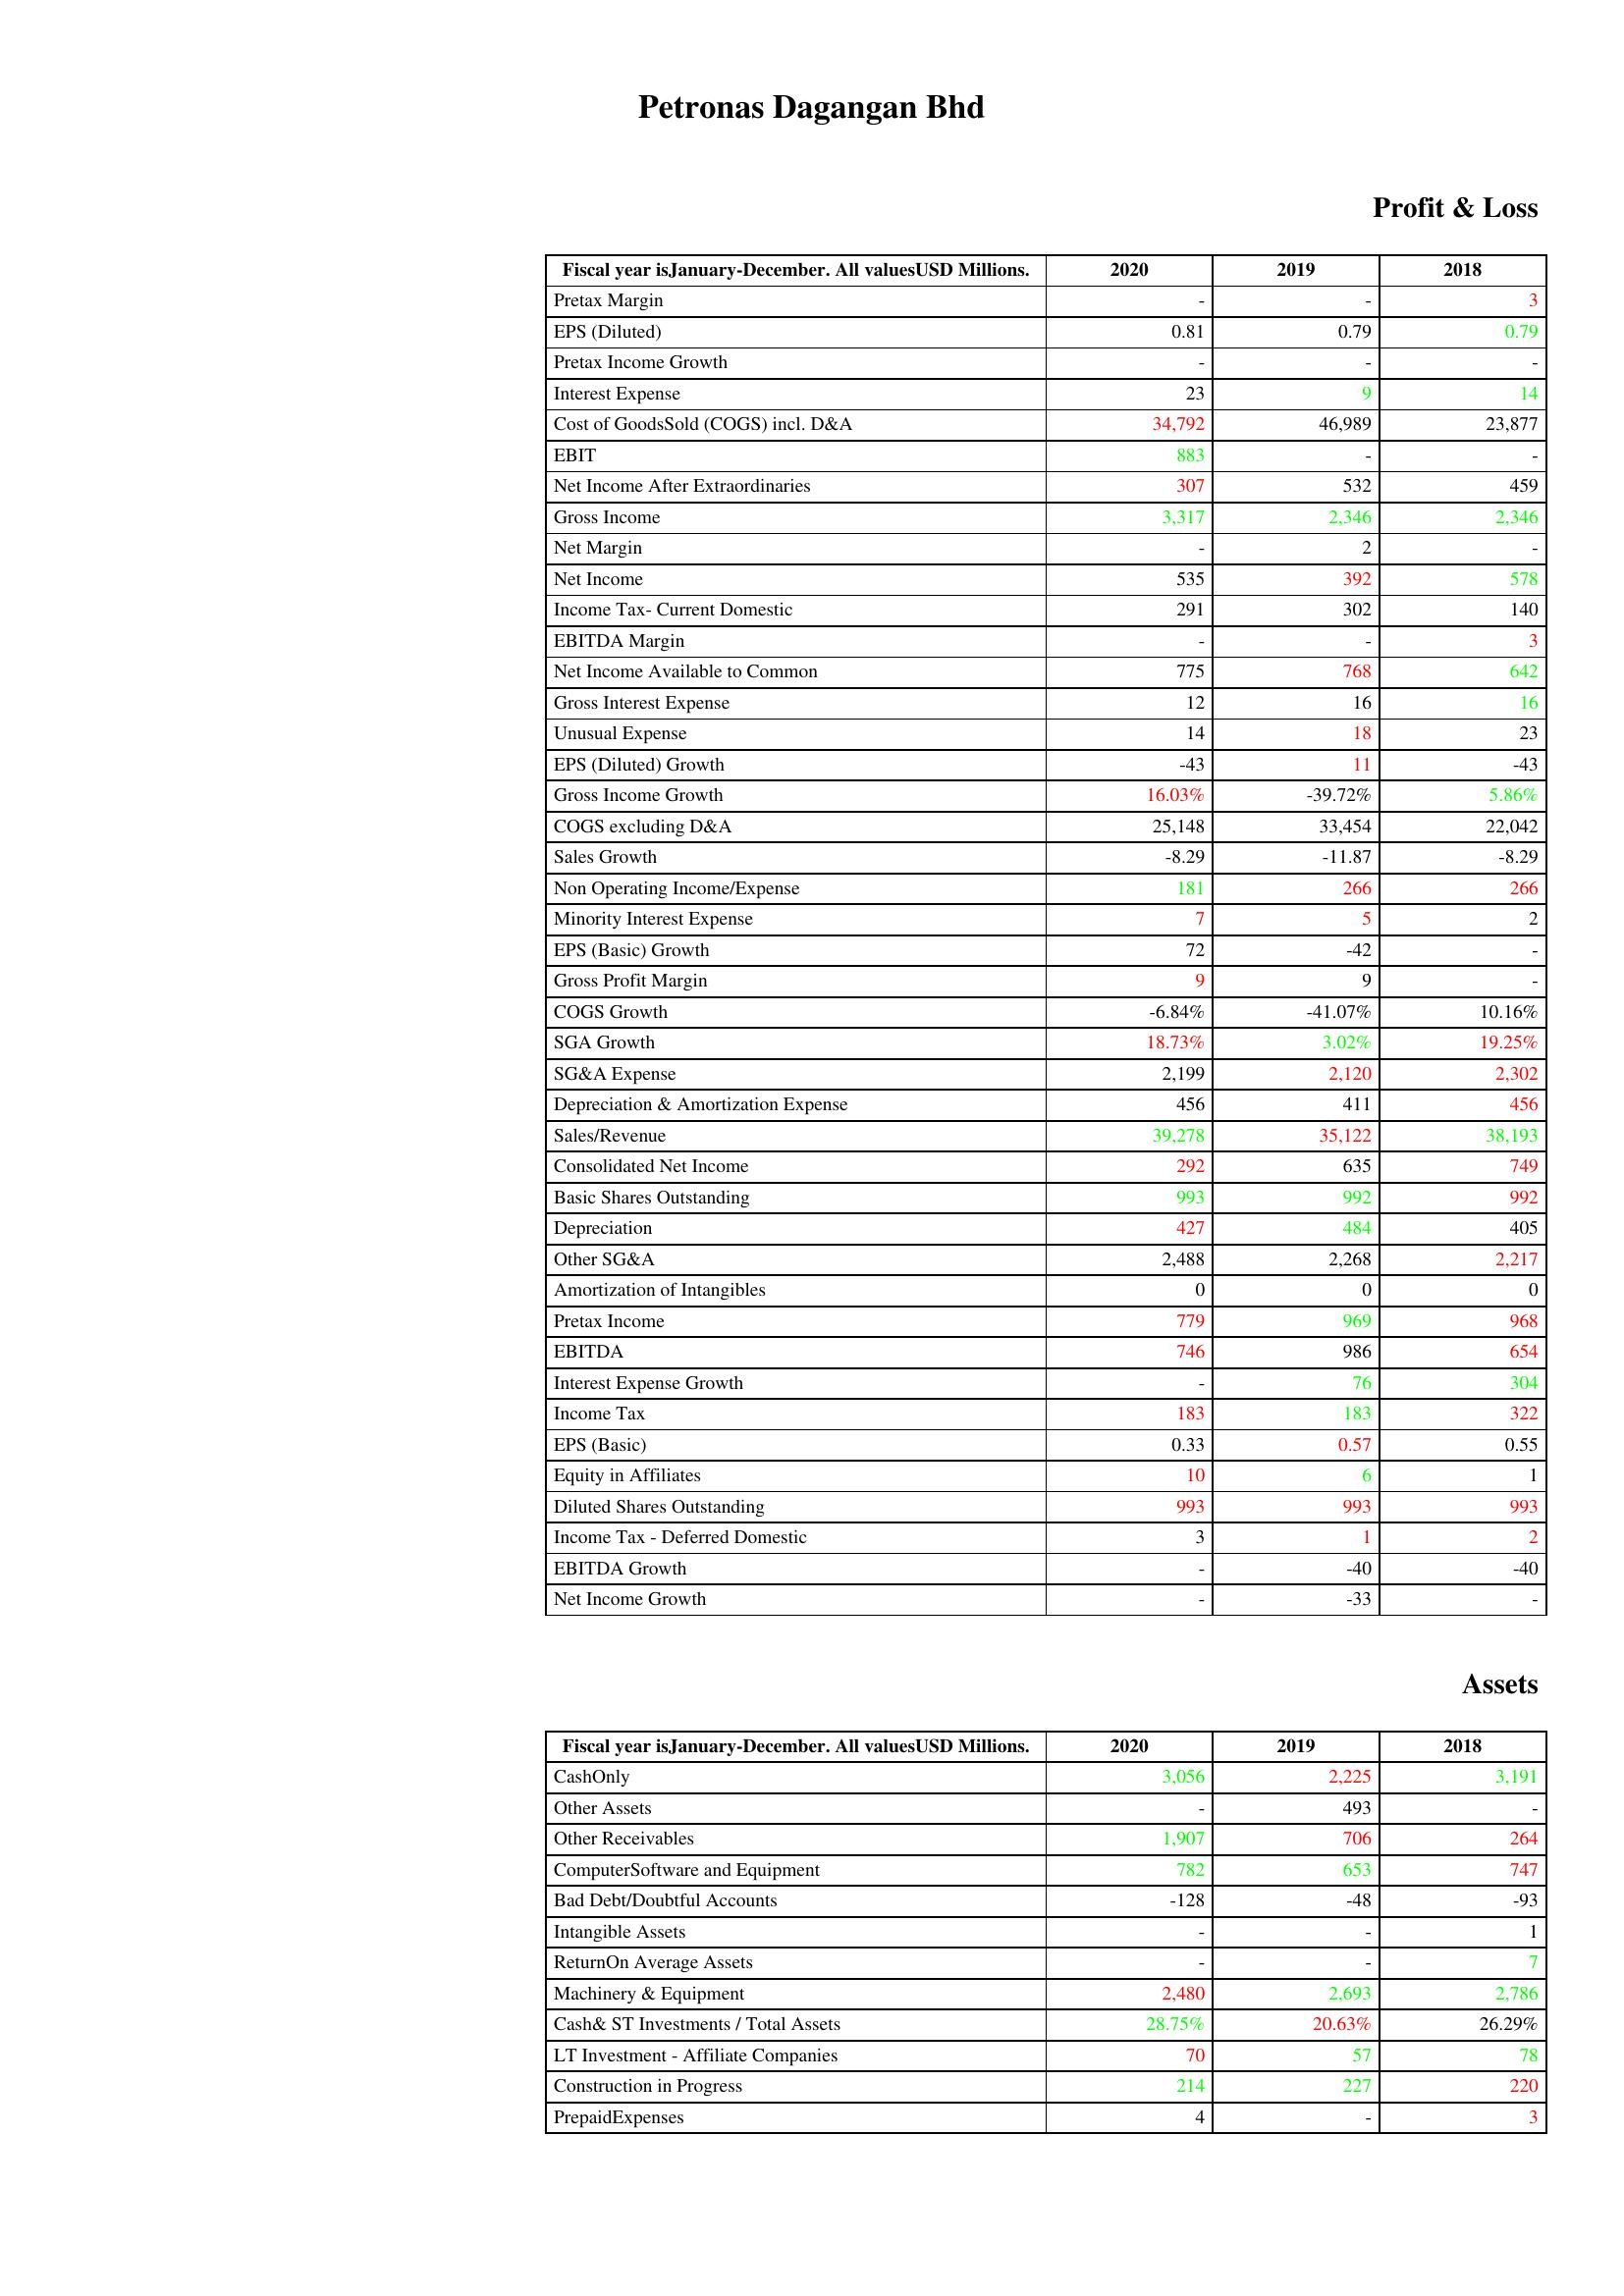
gt_parse: 2020: Profit & Loss: Pretax Margin: -
EPS (Diluted): 0.81
Pretax Income Growth: -
Interest Expense: 23
Cost of GoodsSold (COGS) incl. D&A: 34,792
EBIT: 883
Net Income After Extraordinaries: 307
Gross Income: 3,317
Net Margin: -
Net Income: 535
Income Tax- Current Domestic: 291
EBITDA Margin: -
Net Income Available to Common: 775
Gross Interest Expense: 12
Unusual Expense: 14
EPS (Diluted) Growth: -43
Gross Income Growth: 16.03%
COGS excluding D&A: 25,148
Sales Growth: -8.29
Non Operating Income/Expense: 181
Minority Interest Expense: 7
EPS (Basic) Growth: 72
Gross Profit Margin: 9
COGS Growth: -6.84%
SGA Growth: 18.73%
SG&A Expense: 2,199
Depreciation & Amortization Expense: 456
Sales/Revenue: 39,278
Consolidated Net Income: 292
Basic Shares Outstanding: 993
Depreciation: 427
Other SG&A: 2,488
Amortization of Intangibles: 0
Pretax Income: 779
EBITDA: 746
Interest Expense Growth: -
Income Tax: 183
EPS (Basic): 0.33
Equity in Affiliates: 10
Diluted Shares Outstanding: 993
Income Tax - Deferred Domestic: 3
EBITDA Growth: -
Net Income Growth: -
Assets: CashOnly: 3,056
Other Assets: -
Other Receivables: 1,907
ComputerSoftware and Equipment: 782
Bad Debt/Doubtful Accounts: -128
Intangible Assets: -
ReturnOn Average Assets: -
Machinery & Equipment: 2,480
Cash& ST Investments / Total Assets: 28.75%
LT Investment - Affiliate Companies: 70
Construction in Progress: 214
PrepaidExpenses: 4
2019: Profit & Loss: Pretax Margin: -
EPS (Diluted): 0.79
Pretax Income Growth: -
Interest Expense: 9
Cost of GoodsSold (COGS) incl. D&A: 46,989
EBIT: -
Net Income After Extraordinaries: 532
Gross Income: 2,346
Net Margin: 2
Net Income: 392
Income Tax- Current Domestic: 302
EBITDA Margin: -
Net Income Available to Common: 768
Gross Interest Expense: 16
Unusual Expense: 18
EPS (Diluted) Growth: 11
Gross Income Growth: -39.72%
COGS excluding D&A: 33,454
Sales Growth: -11.87
Non Operating Income/Expense: 266
Minority Interest Expense: 5
EPS (Basic) Growth: -42
Gross Profit Margin: 9
COGS Growth: -41.07%
SGA Growth: 3.02%
SG&A Expense: 2,120
Depreciation & Amortization Expense: 411
Sales/Revenue: 35,122
Consolidated Net Income: 635
Basic Shares Outstanding: 992
Depreciation: 484
Other SG&A: 2,268
Amortization of Intangibles: 0
Pretax Income: 969
EBITDA: 986
Interest Expense Growth: 76
Income Tax: 183
EPS (Basic): 0.57
Equity in Affiliates: 6
Diluted Shares Outstanding: 993
Income Tax - Deferred Domestic: 1
EBITDA Growth: -40
Net Income Growth: -33
Assets: CashOnly: 2,225
Other Assets: 493
Other Receivables: 706
ComputerSoftware and Equipment: 653
Bad Debt/Doubtful Accounts: -48
Intangible Assets: -
ReturnOn Average Assets: -
Machinery & Equipment: 2,693
Cash& ST Investments / Total Assets: 20.63%
LT Investment - Affiliate Companies: 57
Construction in Progress: 227
PrepaidExpenses: -
2018: Profit & Loss: Pretax Margin: 3
EPS (Diluted): 0.79
Pretax Income Growth: -
Interest Expense: 14
Cost of GoodsSold (COGS) incl. D&A: 23,877
EBIT: -
Net Income After Extraordinaries: 459
Gross Income: 2,346
Net Margin: -
Net Income: 578
Income Tax- Current Domestic: 140
EBITDA Margin: 3
Net Income Available to Common: 642
Gross Interest Expense: 16
Unusual Expense: 23
EPS (Diluted) Growth: -43
Gross Income Growth: 5.86%
COGS excluding D&A: 22,042
Sales Growth: -8.29
Non Operating Income/Expense: 266
Minority Interest Expense: 2
EPS (Basic) Growth: -
Gross Profit Margin: -
COGS Growth: 10.16%
SGA Growth: 19.25%
SG&A Expense: 2,302
Depreciation & Amortization Expense: 456
Sales/Revenue: 38,193
Consolidated Net Income: 749
Basic Shares Outstanding: 992
Depreciation: 405
Other SG&A: 2,217
Amortization of Intangibles: 0
Pretax Income: 968
EBITDA: 654
Interest Expense Growth: 304
Income Tax: 322
EPS (Basic): 0.55
Equity in Affiliates: 1
Diluted Shares Outstanding: 993
Income Tax - Deferred Domestic: 2
EBITDA Growth: -40
Net Income Growth: -
Assets: CashOnly: 3,191
Other Assets: -
Other Receivables: 264
ComputerSoftware and Equipment: 747
Bad Debt/Doubtful Accounts: -93
Intangible Assets: 1
ReturnOn Average Assets: 7
Machinery & Equipment: 2,786
Cash& ST Investments / Total Assets: 26.29%
LT Investment - Affiliate Companies: 78
Construction in Progress: 220
PrepaidExpenses: 3